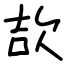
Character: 欯